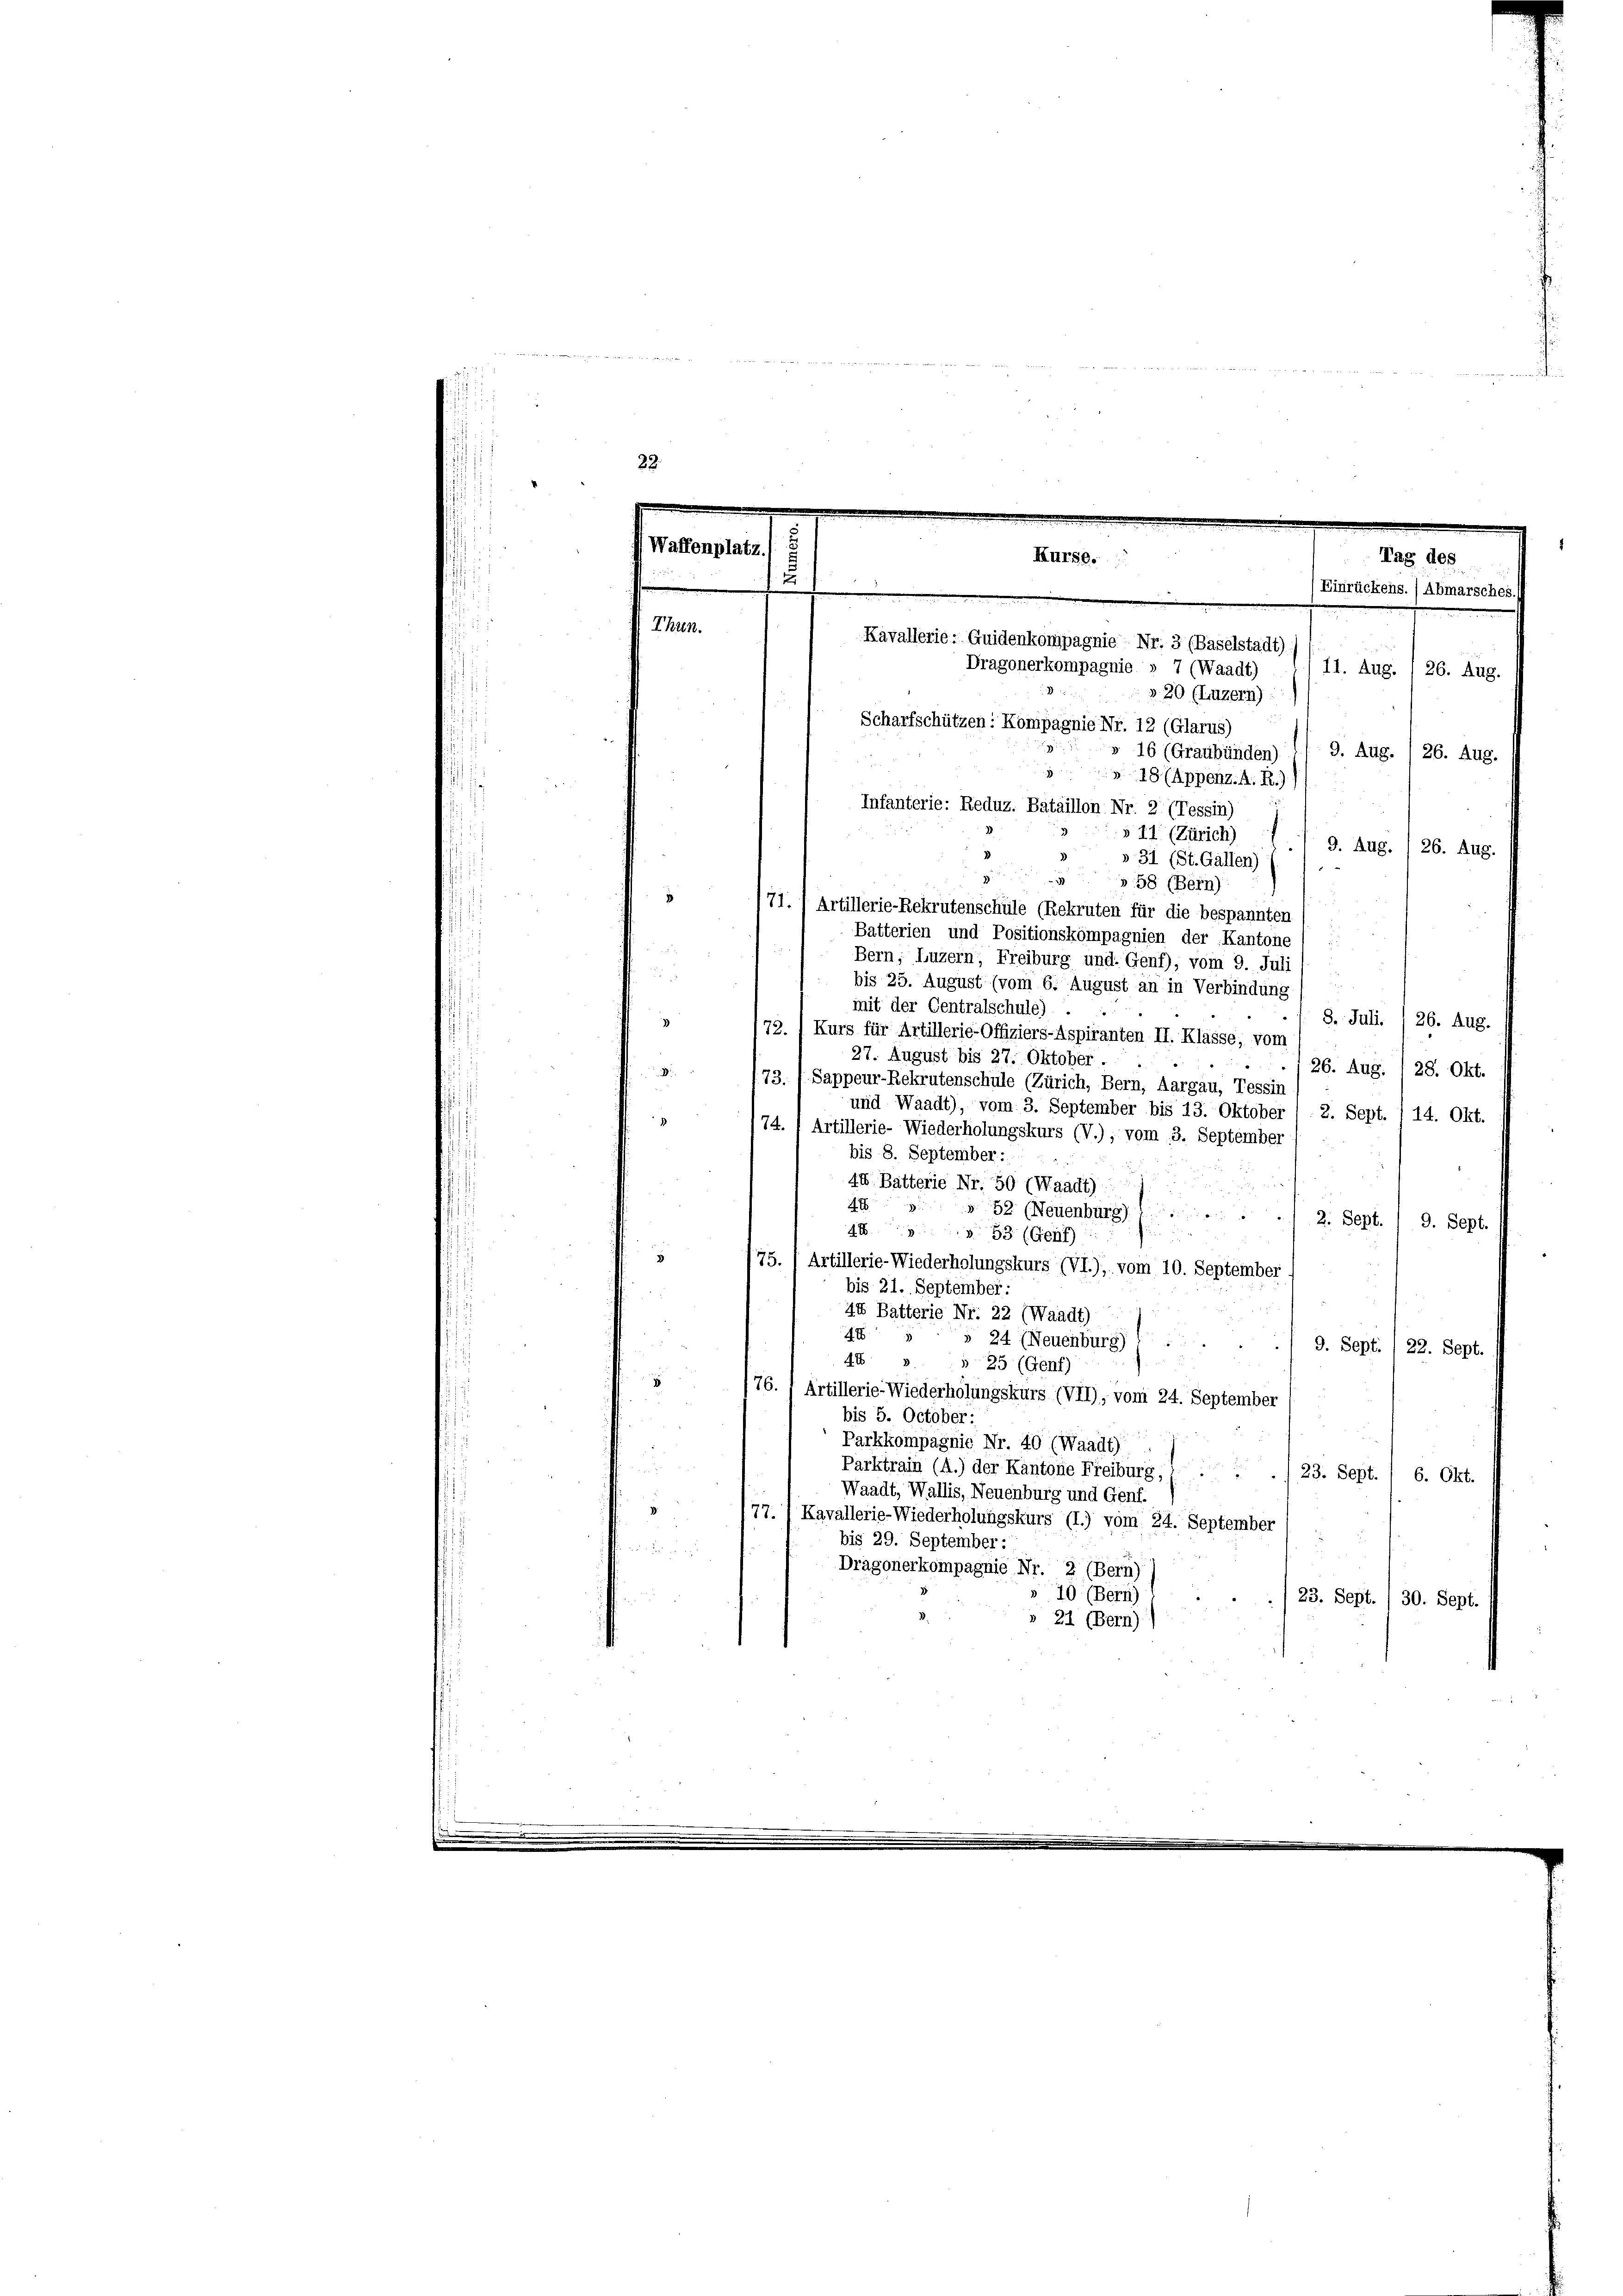
22.

u
Thun.

171. 1 Artillerie-Rekrutenschüle (Rekruten für die bespannten
Batterien und Positionskompagnien der Kantone /:

Bern, Luzern, Freiburg und Genf), vom 9. Juli

bis 25. August (vom 6. August an in Verbindung
mit der Centralschule)
8. Juli. 26. Aug.
3
72.) Kurs für Artillerie-Offiziers-Aspiranten II. Klasse, vom
27. August bis 27. Oktober.

26. Aug. 128. Okt.
173. 1 Sappeur-Rekrutenschule (Zürich, Bern, Aargau, Tessin
und Waadt), vom 3. September bis 13. Oktober /. 2. Sept. 1 14. Okt.
74. 1 Artillerie- Wiederholungskurs (V.), vom 3. September
bis 8. September:
44 Batterie Nr. 50 (Waadt)
49
» 52 (Neuenburg)
2. Sept. 1 9. Sept.
n
4 53 (Genf)
3
75. 1 Artillerie-Wiederholungskurs (VI.), vom 10. September
bis 21. September:
44 Batterie Nr. 22 (Waadt)
48
24 (Neuenburg)
2
9. Sept. /22. Sept.
44
» 25 (Genf)
g
76. 1 Artillerie-Wiederholungskurs (VII), vom 24. September
bis 5. October:
Parkkompagnie Nr. 40 (Waadt)
Parktrain (A.) der Kantone Freiburg,  ..
23. Sept. 1 6. Okt.
Waadt, Wallis, Neuenburg und Genf.
77. " Kavallerie-Wiederholungskurs (I.) vom 24. September
bis 29. September.
  xx
Dragonerkompagnie Nr. 2 (Bern)
70 (Bern)
23. Sept./30. Sept.
» 21 (Bern)

Waffenplatz.
Tag des
Kurse.
Einrückens.) Abmarsches.)
Kavallerie. Guidenkompagnie Nr. 3 (Baselstadt)
Dragonerkompagnie 7 (Waadt)
11. Aug. 1 26. Aug.
» 20 (Luzern)
Scharfschützen: Kompagnie Nr. 12 (Glarus)
» 16 (Graubünden)
9. Aug.
26. Aug.
18 (Appenz. A. R.)
Infanterie: Reduz. Bataillon Nr. 2 (Tessin)
» 11 (Zürich)
9. Aug. / 26. Aug.
» 31 (St. Gallen)
» 58 (Bern):